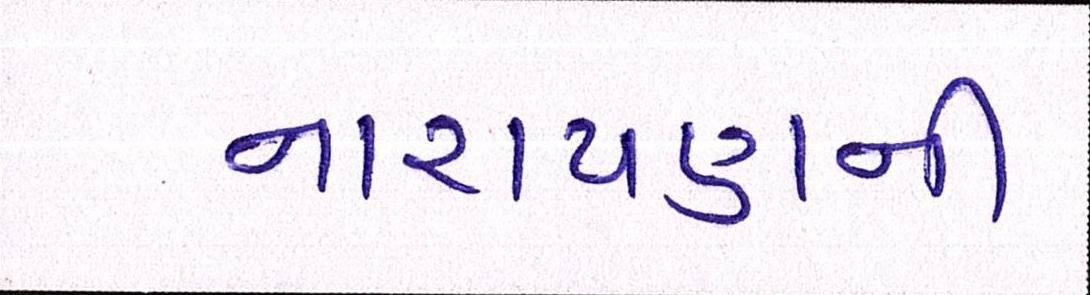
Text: નારાયણની